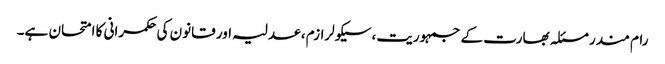
رام مندر مسئلہ بھارت کے جمہوریت،سیکولرازم ، عدلیہ اور قانون کی حکمرانی کا امتحان ہے۔